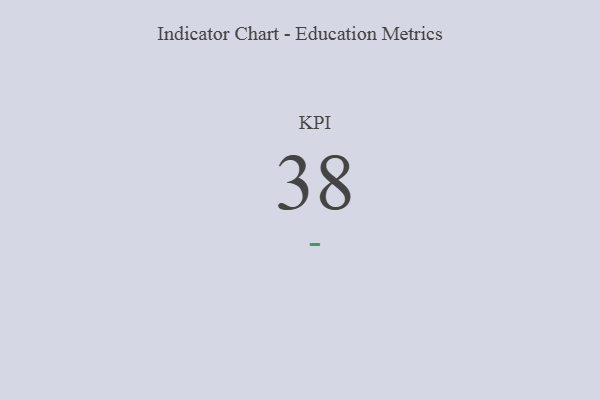
{"axis": {"x": "KPI", "y": "Value"}, "legend": [""], "data": [{"x": "KPI", "y": 38, "type": ""}]}